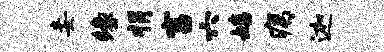
妾缘捐富六嬉痍迦